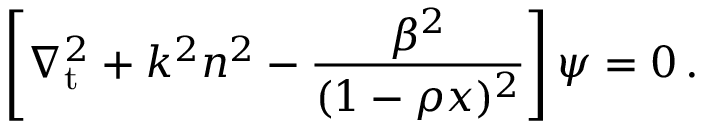
\left[ \nabla _ { \mathrm { t } } ^ { 2 } + k ^ { 2 } n ^ { 2 } - \frac { \beta ^ { 2 } } { ( 1 - \rho x ) ^ { 2 } } \right] \psi = 0 \, .